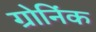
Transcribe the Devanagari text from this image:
ग्रोनिंक